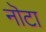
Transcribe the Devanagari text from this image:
नॊटा